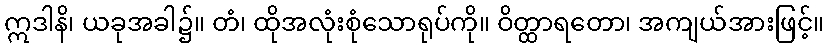
ဣဒါနိ၊ ယခုအခါ၌။ တံ၊ ထိုအလုံးစုံသောရုပ်ကို။ ဝိတ္ထာရတော၊ အကျယ်အားဖြင့်။